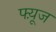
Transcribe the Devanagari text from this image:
फ्य़ूज